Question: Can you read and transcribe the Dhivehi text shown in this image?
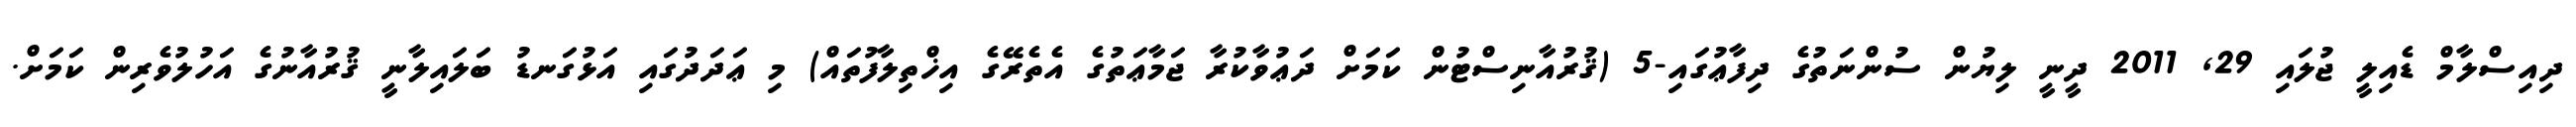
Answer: ދިއިސްލާމް ޑެއިލީ ޖުލައި 29, 2011 ދީނީ ލިޔުން ސުންނަތުގެ ދިފާޢުގައި-5 (ޤުރުއާނިސްޓުން ކަމަށް ދަޢުވާކުރާ ޖަމާޢަތުގެ އެތެރޭގެ އިޚްތިލާފުތައް) މި ޢަދަދުގައި އަޅުގަނޑު ބަލައިލާނީ ޤުރުއާނުގެ އަހުލުވެރިން ކަމަށް.